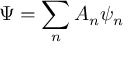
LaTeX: \displaystyle \Psi = \sum _ { n } A _ { n } \psi _ { n }